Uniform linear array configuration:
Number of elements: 4
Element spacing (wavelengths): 0.75
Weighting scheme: binomial
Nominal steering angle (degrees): -45
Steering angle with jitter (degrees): -45.908
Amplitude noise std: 0.05
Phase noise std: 0.05

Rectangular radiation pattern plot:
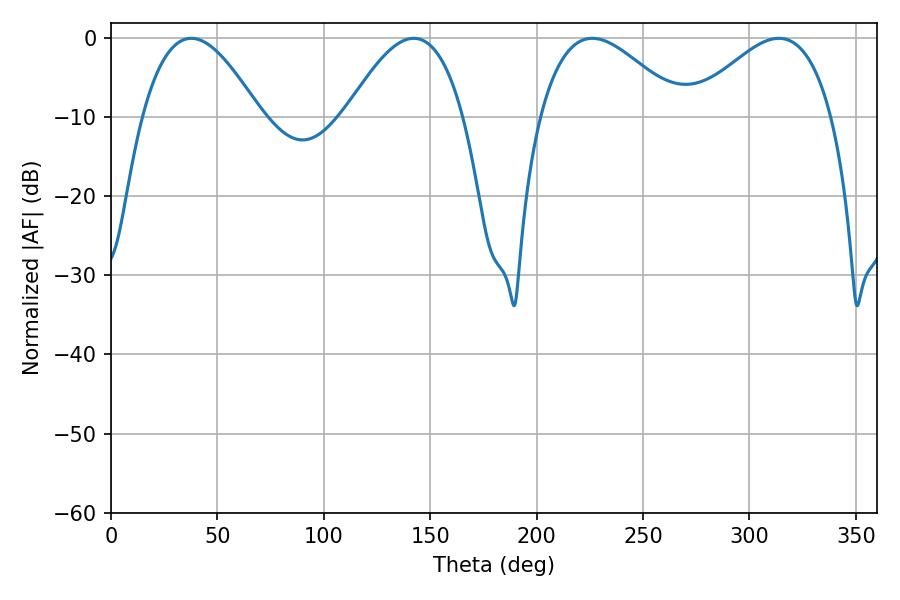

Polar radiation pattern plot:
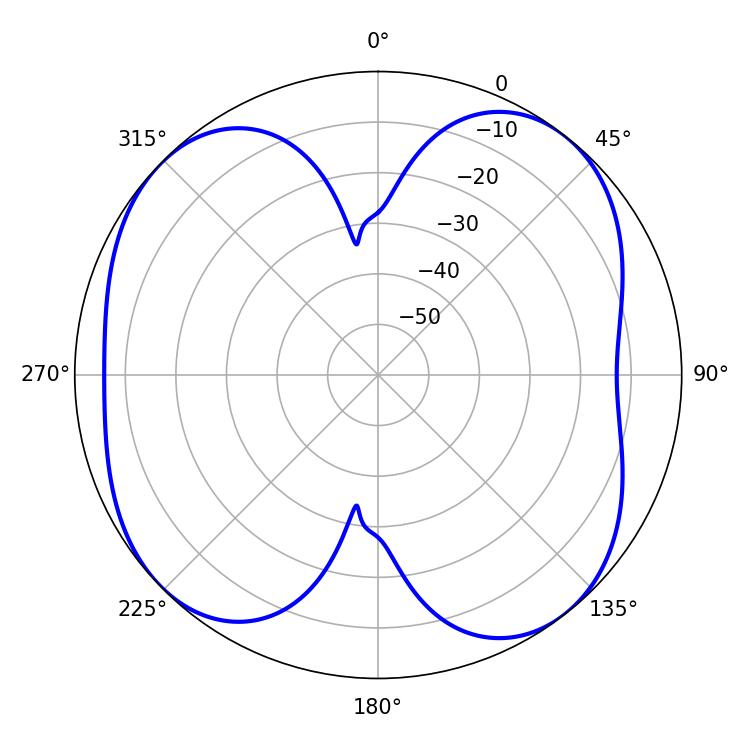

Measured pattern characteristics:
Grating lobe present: TRUE
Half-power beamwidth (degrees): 30.06
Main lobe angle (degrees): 37.8